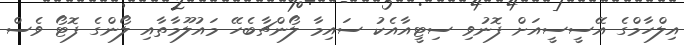
އިލްހާމްގެ އޭސީސީއަށް ފޮނުވި ސިޓީއާއެކު ސައިމާ ލޯންޗާބެހޭ މައުލޫމާތާއި ލޯންގެ ފޮޓޯ ވެސް